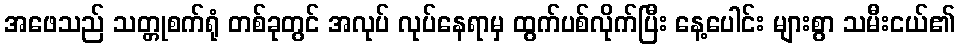
အဖေသည် သတ္တုစက်ရုံ တစ်ခုတွင် အလုပ် လုပ်နေရာမှ ထွက်ပစ်လိုက်ပြီး နေ့ပေါင်း များစွာ သမီးငယ်၏